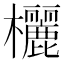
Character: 欐